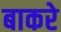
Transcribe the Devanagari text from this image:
बाकरे